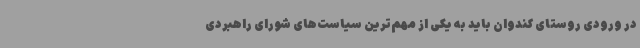
در ورودی روستای کندوان باید به یکی از مهم‌ترین سیاست‌های شورای راهبردی